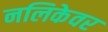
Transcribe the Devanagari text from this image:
नलिकेवर